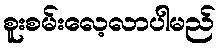
စူးစမ်းလေ့လာပါမည်